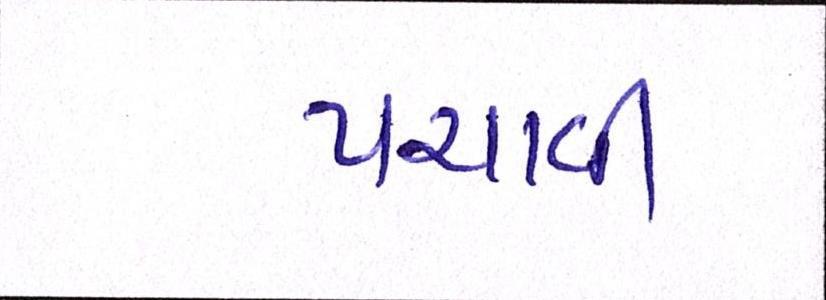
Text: પચાવી